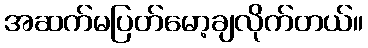
အဆက်မပြတ်မော့ချလိုက်တယ်။